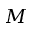
M